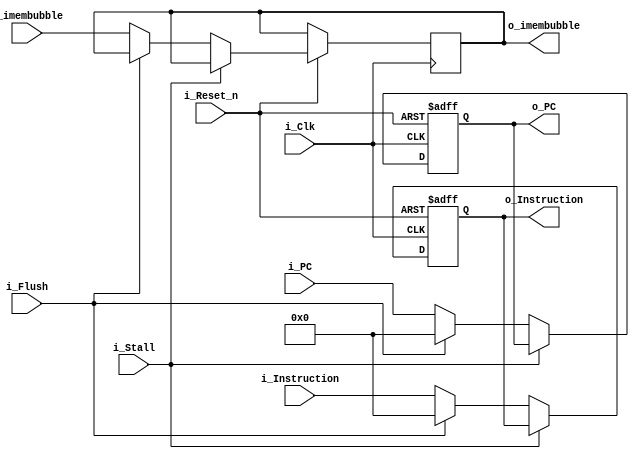
module pipe_if_dec 	#(					
						parameter ADDRESS_WIDTH = 32,
						parameter DATA_WIDTH = 32
					)							
					(	
						// Inputs
						input i_Clk,
						input i_Reset_n,	// Async reset (highest priority)
						input i_Flush,			// Flush (lowest priority)
						input i_Stall,		// Stall (2nd highest priority)
						input i_imembubble, // fetched inst is bogus due to icache miss
						
							// Pipe in/out
						input [ADDRESS_WIDTH-1:0] i_PC,
						output reg [ADDRESS_WIDTH-1:0] o_PC,
						input [DATA_WIDTH-1:0] i_Instruction,
						output reg [DATA_WIDTH-1:0] o_Instruction,
						output reg o_imembubble
					);
		
		// Asynchronous output driver
	always @(posedge i_Clk or negedge i_Reset_n)
	begin
		if( !i_Reset_n )
		begin
			// Initialize outputs to 0s
			o_Instruction <= 0;
			o_PC <= 0;
		end
		else
		begin
			if( !i_Stall )
			begin
				if( i_Flush )
				begin
					// Pass through all 0s
					o_Instruction <= 0;
					o_PC <= 0;
				end
				else
				begin
					// Pass through signals
					o_Instruction <= i_Instruction;
					o_PC <= i_PC;
					o_imembubble <= i_imembubble;
				end
			end
		end
	end
	
endmodule